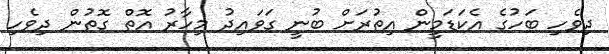
ދިވެހި ބަހުގެ އެކަޑަމީން އިތުރަށް ބުނީ ގަވައިދު މިހާރު އޮތް ގޮތުން ދިވެހި